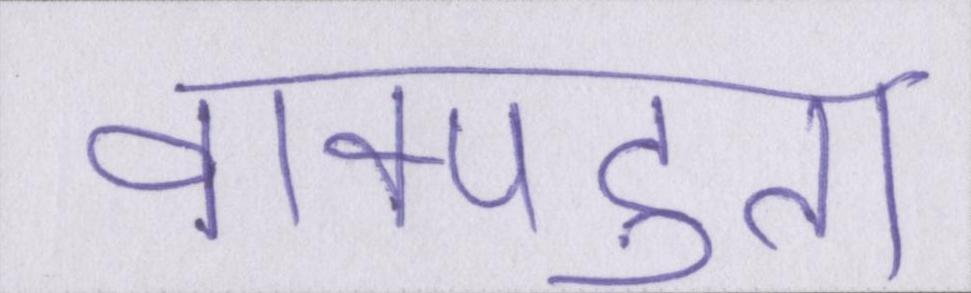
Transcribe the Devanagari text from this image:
वाक्पटुता